Tartu_pedagoogiumi_aruanded, lk 5
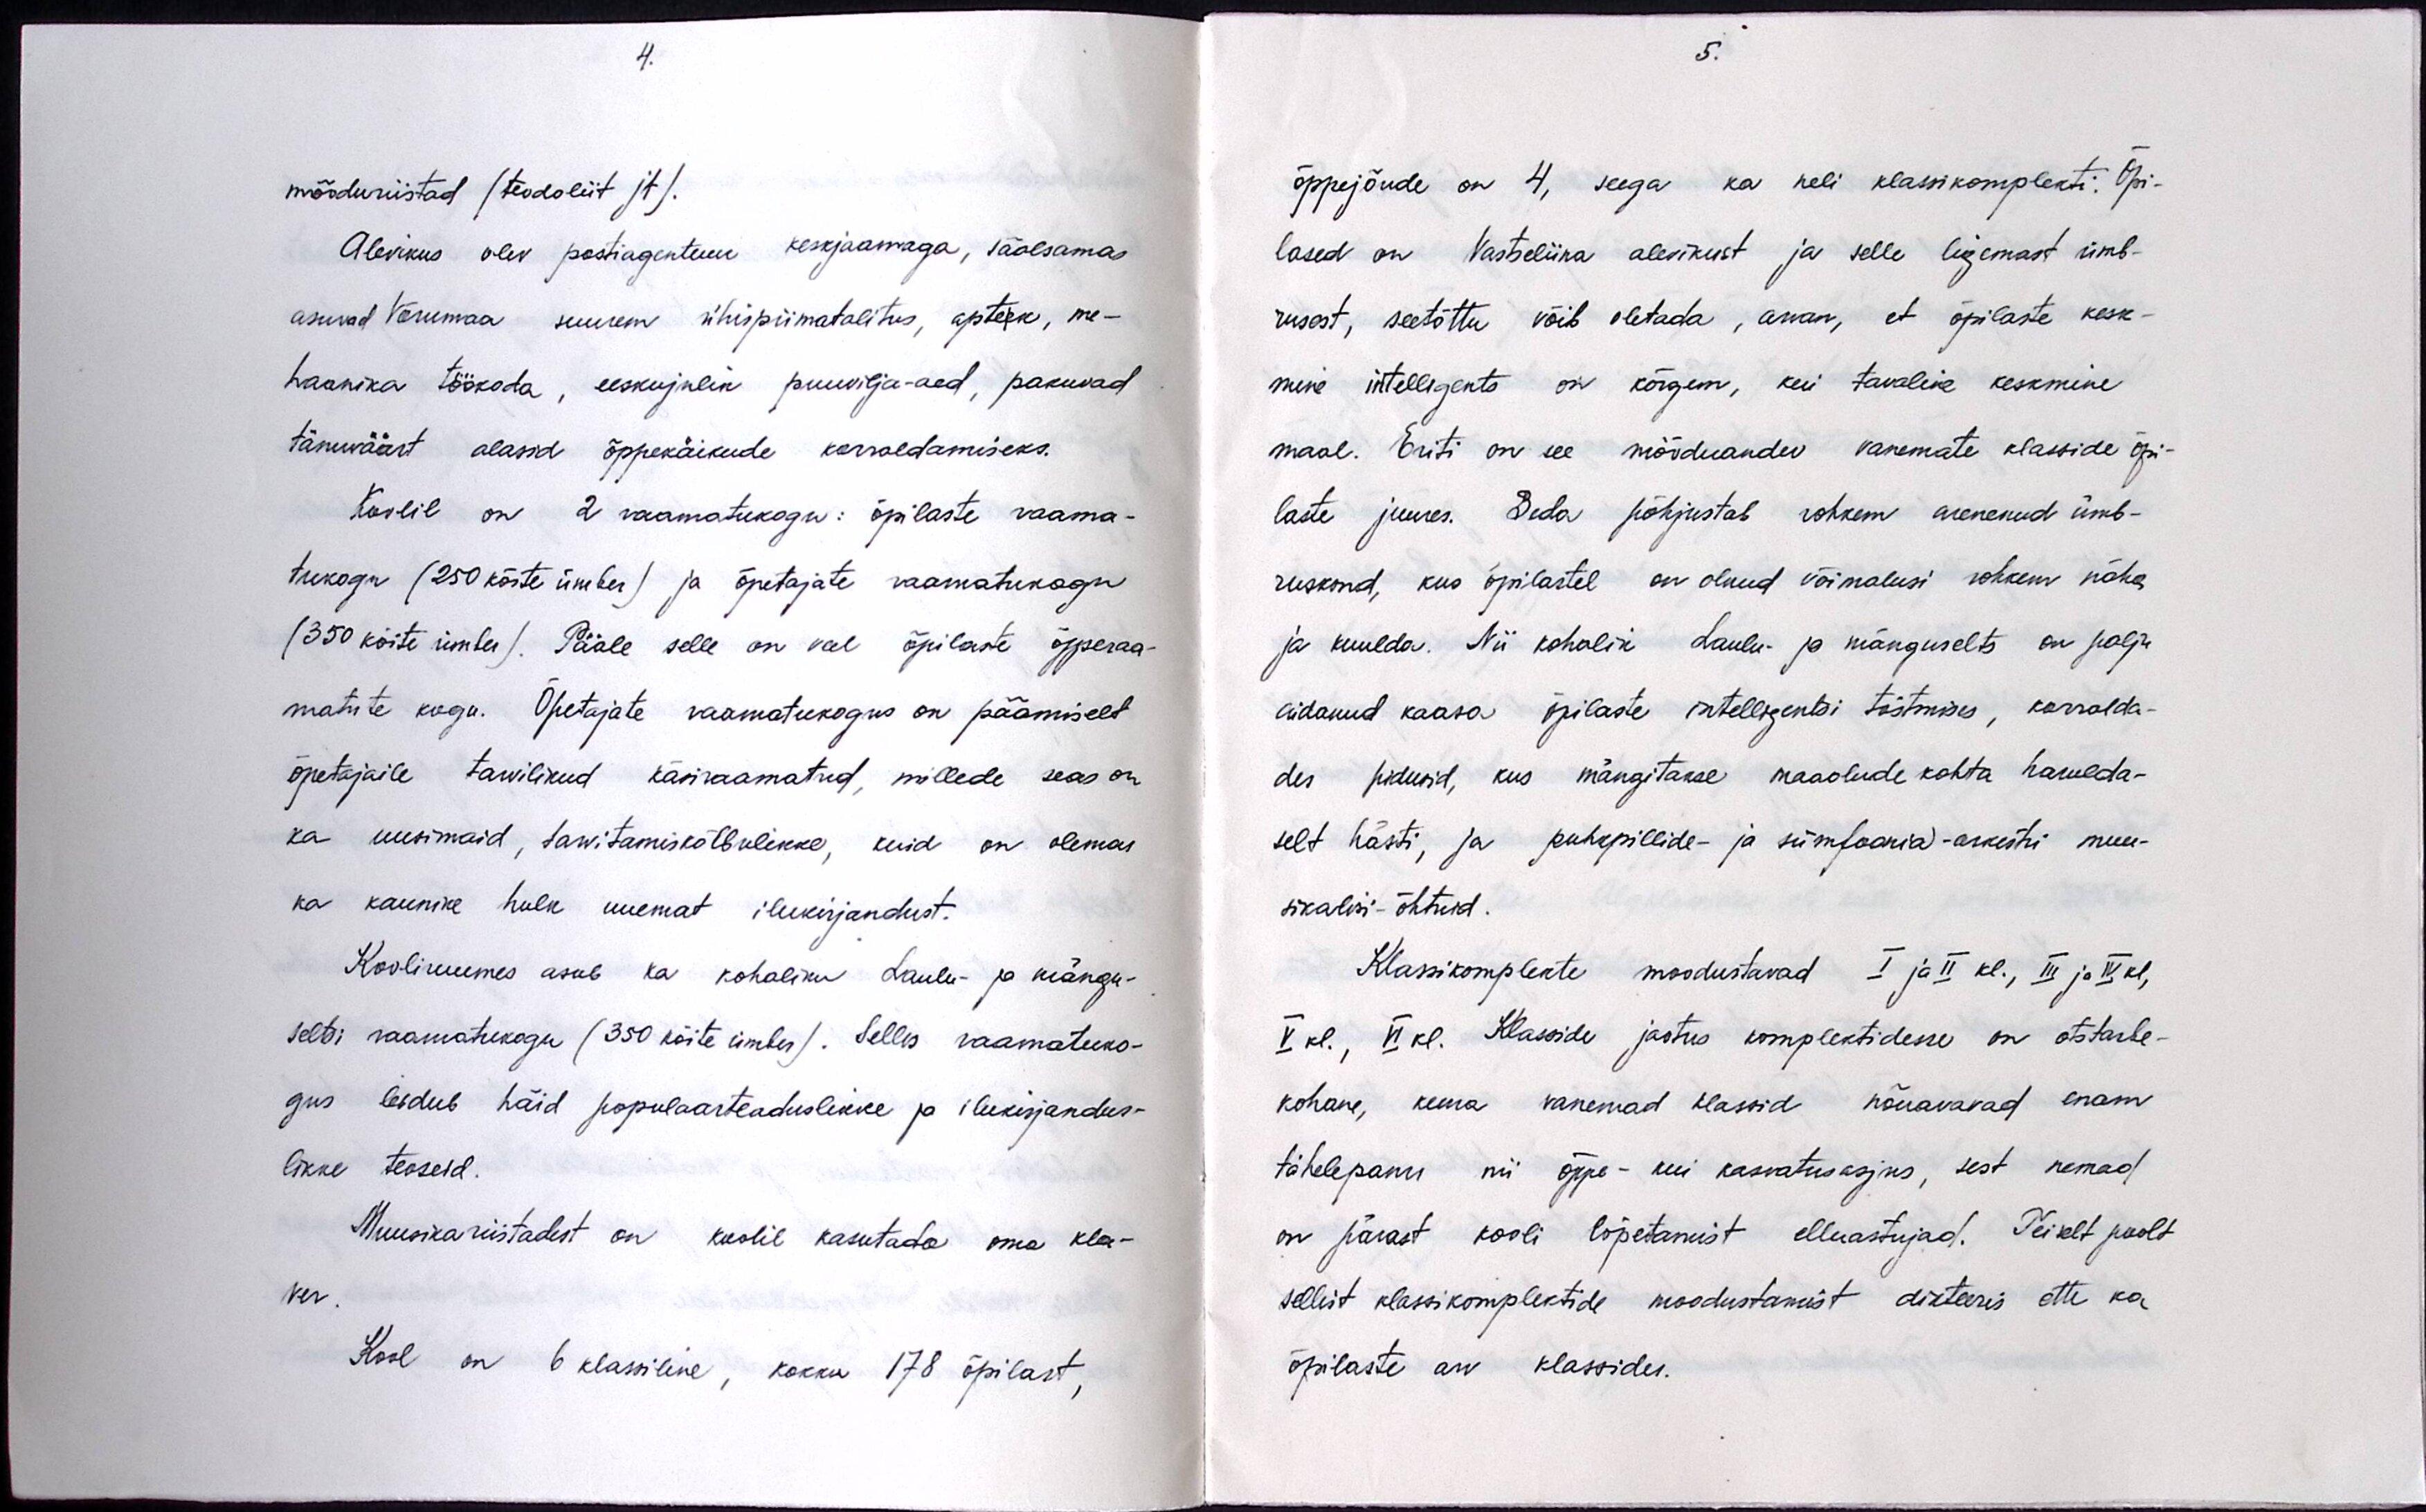
mõõduriistad (teodoliit jt).
Alevikus olev postiagentuur keskjaamaga, säälsamas
asuvad Võrumaa suurem ühispiimatalitus, apteek, me-
haanika töökoda, eeskujulik puuvilja-aed, pakuvad
tänuväärt alasid õppekäikude korraldamiseks.
Koolil on 2 raamatukogu : õpilaste raama-
tukogu (250 köite ümber) ja õpetajate raamatukogu
(350 köite ümber). Pääle selle on veel õpilaste õpperaa-
matute kogu. Õpetajate raamatukogus on päämiselt
õpetajaile tarvilikud käsiraamatud, millede seas on
ka uusimaid, tawitamiskõlbulikke, kuid on olemas
ka kaunike hulk uuemat ilukirjandust.
Kooliruumes asub ka kohaliku Laulu- ja mängu-
seltsi raamatukogu (350 köite ümber). Selles raamatuko-
gus leidub häid populaarteaduslikke ja ilukirjandus-
likke teoseid.
Muusika riistadest on koolil kasutada oma kla-
ver.
Kool on 6 klassiline, kokku 178 õpilast,

õppejõude on 4, seega ka neli klassikomplekti. Õpi-
lased on Vastseliina alevikust ja selle ligemast ümb-
rusest, seetõttu võib oletada, arvan, et õpilaste kesk-
mine intelligents on kõrgem, kui tavaline keskmine
maal. Eriti on see mõõduandev vanemate klasside õpi-
laste juures. Seda põhjustab rohkem arenenud ümb-
ruskond, kus õpilastel on olnud võimalusi rohkem näha
ja kuulda. Nii kohalik Laulu- ja mänguselts on palju
aidanud kaasa õpilaste intelligentsi tõstmises, korralda-
des pidusid, kus mängitakse maaolude kohta harulda-
selt hästi, ja puhkpillide- ja sümfoonia - orkestri muu-
sikalisi - õhtuid.
Klassikomplekte moodustavad I ja II kl., III ja IV kl,
V kl., VI kl. Klasside jaotus komplektidesse on otstarbe-
kohane, kuna vanemad klassid nõuavavad enam
tähelepanu nii õppe-kui kasvatusasjus, sest nemad
on pärast kooli lõpetamist elluastujad. Teiselt poolt
sellit klassikomplektide moodustamist dikteeris ette ka
õpilaste arv klassides.